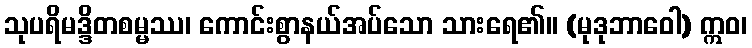
သုပရိမဒ္ဒိတစမ္မဿ၊ ကောင်းစွာနယ်အပ်သော သားရေ၏။ (မုဒုဘာဝေါ) ဣဝ၊